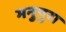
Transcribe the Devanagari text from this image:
मनुपुरा